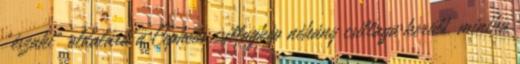
"északi" oldalára a Cepheus csillagkép néhány csillaga került, mintha